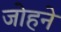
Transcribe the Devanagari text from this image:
जोहने